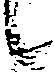
候